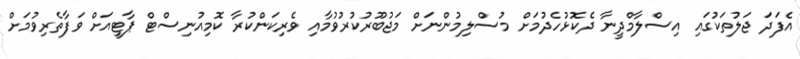
އެފަދަ ޖަލުތަކުގައި އިސްލާމްދީނާ ދެކޮޅުހެދުމަށް މުސްލިމުންނަށް މަޖުބޫރުކުރުވުމާއި ވެރިކަންކުރާ ކޮމިއުނިސްޓް ޕާޓީއަށް ވަފާތެރިވުމަށް